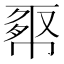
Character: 𢄉